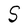
Character: S